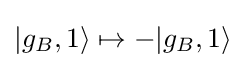
|g_{B},1\rangle \mapsto -|g_{B},1\rangle